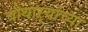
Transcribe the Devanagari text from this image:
चौथाऱ्यांच्या